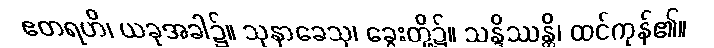
ဧတရဟိ၊ ယခုအခါ၌။ သုနာခေသု၊ ခွေးတို့၌။ သန္ဒိဿန္တိ၊ ထင်ကုန်၏။